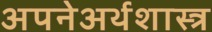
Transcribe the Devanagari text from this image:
अपनेअर्थशास्त्र